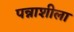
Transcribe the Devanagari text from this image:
पन्नाशीला